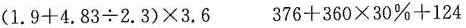
$$(1.9+4.83÷2.3)×3.6$$ $$376+360×30%+124$$